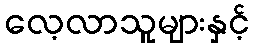
လေ့လာသူများနှင့်